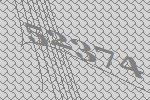
52374